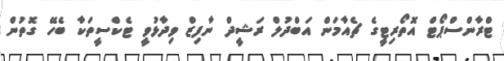
ޓްރާންސްޕޯޓް އޮތޯރިޓީގެ ޗެއާމަން އަބްދުލް ރަޝީދް ނާފިޒް ވިދާޅުވީ ޓެކްސީތަކާ ބެހޭ ގޮތުން